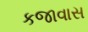
કજાવાસ